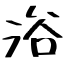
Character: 浴